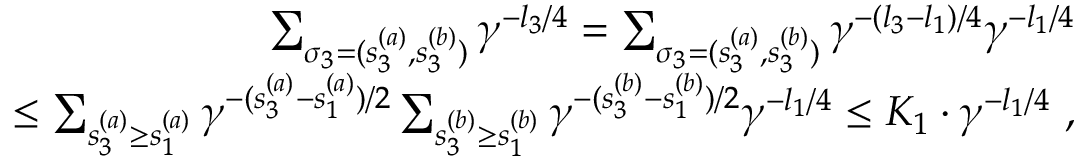
\begin{array} { r l r } & { } & { \sum _ { { \sigma } _ { 3 } = ( s _ { 3 } ^ { ( a ) } , s _ { 3 } ^ { ( b ) } ) } \gamma ^ { - l _ { 3 } / 4 } = \sum _ { { \sigma } _ { 3 } = ( s _ { 3 } ^ { ( a ) } , s _ { 3 } ^ { ( b ) } ) } \gamma ^ { - ( l _ { 3 } - l _ { 1 } ) / 4 } \gamma ^ { - l _ { 1 } / 4 } } \\ & { } & { \le \sum _ { s _ { 3 } ^ { ( a ) } \ge s _ { 1 } ^ { ( a ) } } \gamma ^ { - ( s _ { 3 } ^ { ( a ) } - s _ { 1 } ^ { ( a ) } ) / 2 } \sum _ { s _ { 3 } ^ { ( b ) } \ge s _ { 1 } ^ { ( b ) } } \gamma ^ { - ( s _ { 3 } ^ { ( b ) } - s _ { 1 } ^ { ( b ) } ) / 2 } \gamma ^ { - l _ { 1 } / 4 } \le K _ { 1 } \cdot \gamma ^ { - l _ { 1 } / 4 } \ , } \end{array}